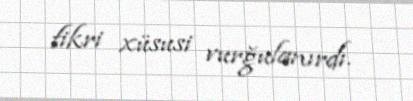
fikri xüsusi vurğulanırdı.